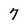
Character: 7